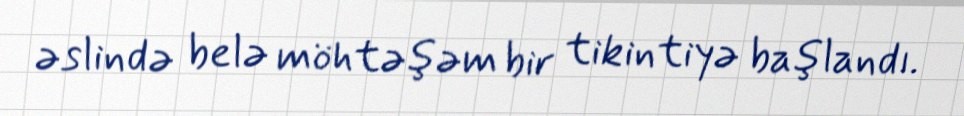
əslində belə möhtəşəm bir tikintiyə başlandı.